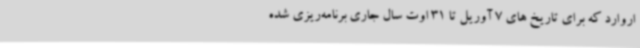
اروارد که برای تاریخ های 7 آوریل تا 31 اوت سال جاری برنامه‌ریزی شده